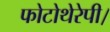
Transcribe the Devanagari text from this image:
फोटोथेरेपी।